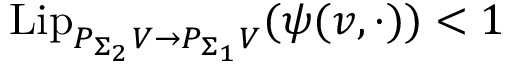
\mathrm { L i p } _ { P _ { \Sigma _ { 2 } } V \to P _ { \Sigma _ { 1 } } V } ( { \psi } ( v , \cdot ) ) < 1